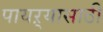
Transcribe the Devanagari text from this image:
पायऱ्यासाठी